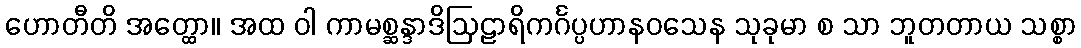
ဟောတီတိ အတ္ထော။ အထ ဝါ ကာမစ္ဆန္ဒာဒိဩဠာရိကင်္ဂပ္ပဟာနဝသေန သုခုမာ စ သာ ဘူတတာယ သစ္စာ